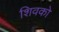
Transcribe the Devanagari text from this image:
शिवको